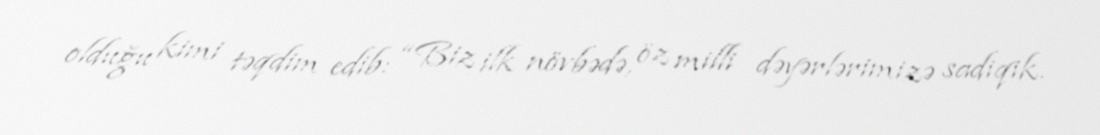
olduğu kimi təqdim edib: “Biz ilk növbədə, öz milli dəyərlərimizə sadiqik.